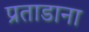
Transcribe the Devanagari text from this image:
प्रताडाना